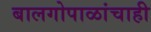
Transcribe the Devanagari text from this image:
बालगोपाळांचाही